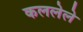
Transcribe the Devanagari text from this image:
कललेले